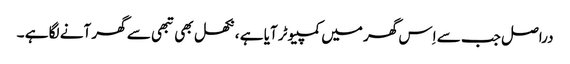
دراصل جب سے اِس گھر میں کمپیوٹر آیا ہے ، نکھل بھی تبھی سے گھر آنے لگا ہے ۔